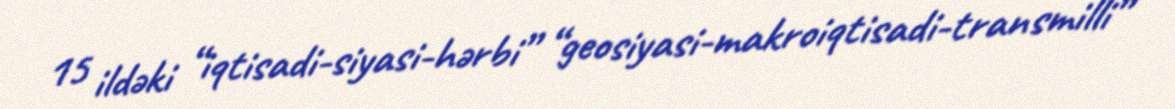
15 ildəki “iqtisadi-siyasi-hərbi” “geosiyasi-makroiqtisadi-transmilli”